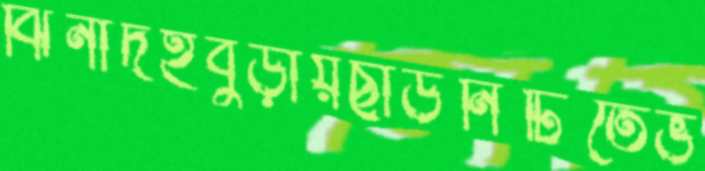
ঝিনাদহবুড়ায়ছাউনিটিতেভ